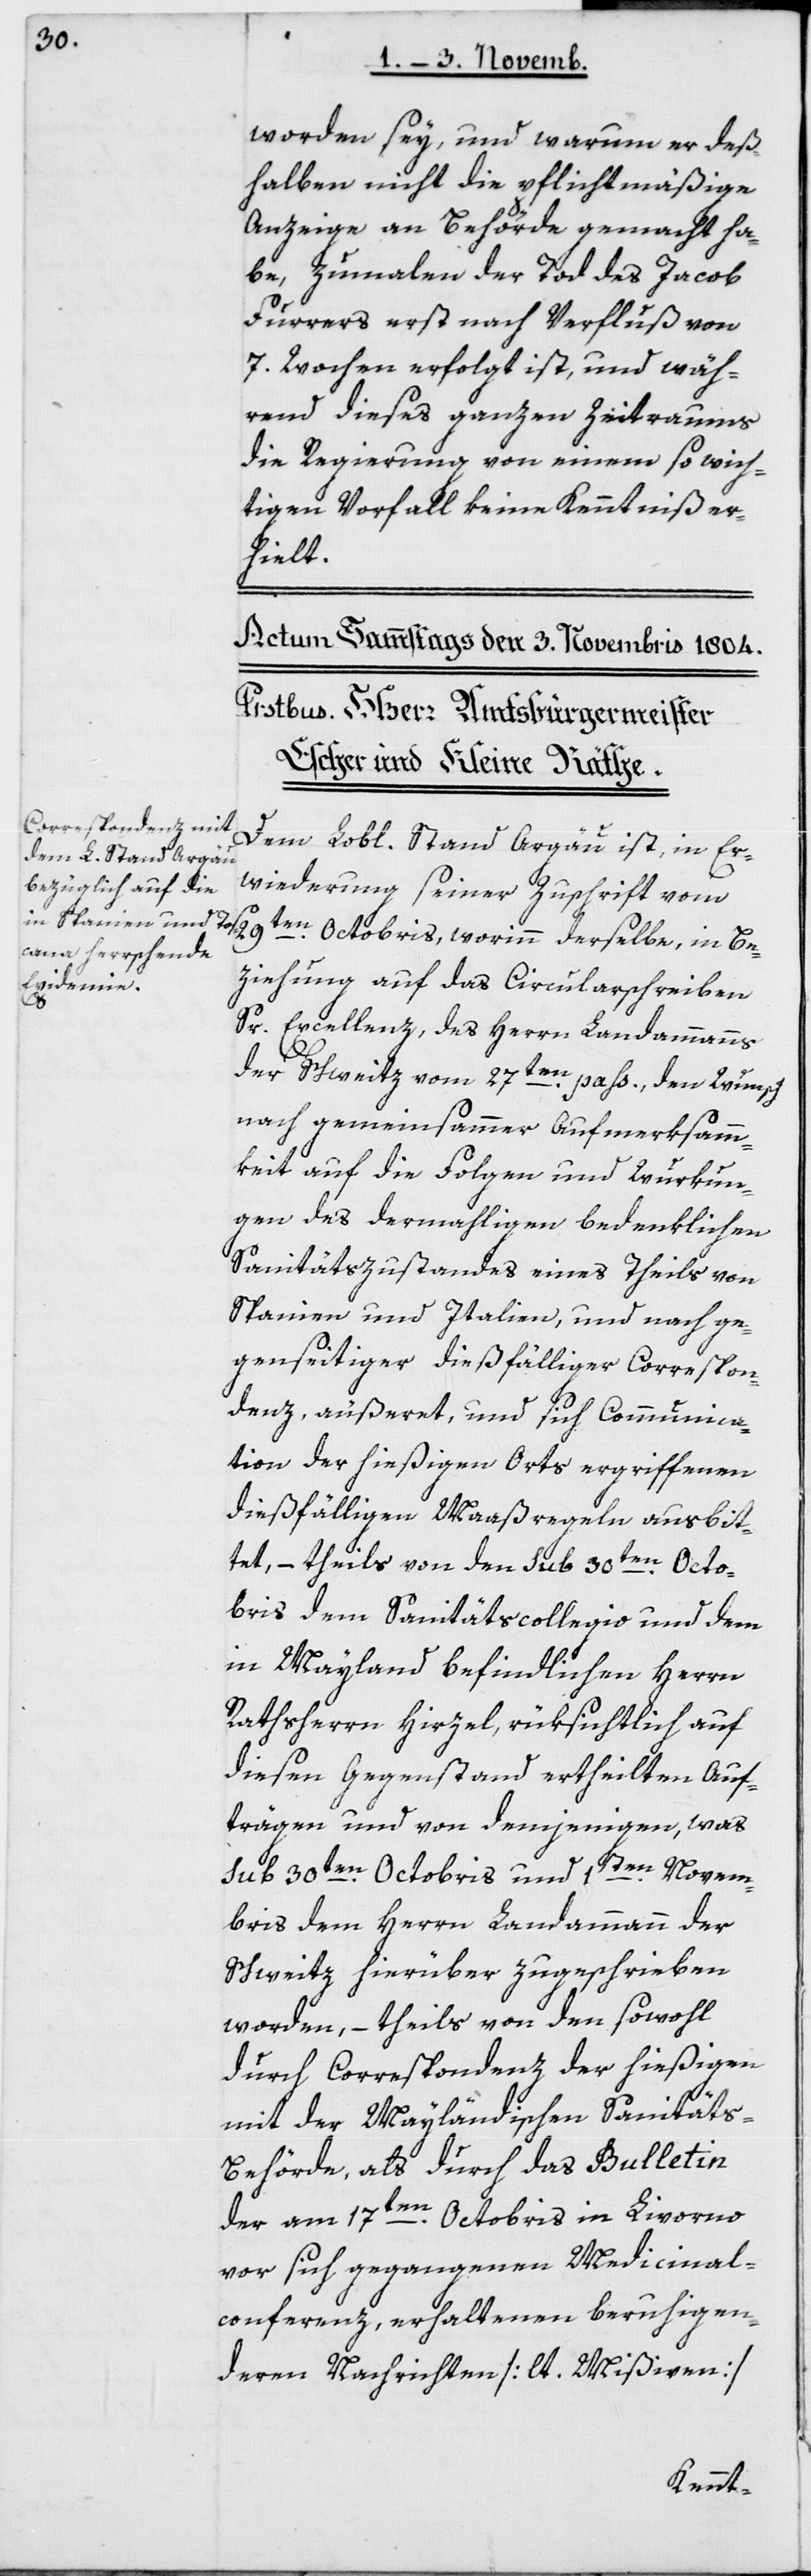
halben nicht die pflichtmäßige
Anzeige an Behörde gemacht ha¬
be, zumalen der Tod des Jacob
Furrers erst nach Verfluß von
7 Wochen erfolgt ist, und wäh¬
rend dieses ganzen Zeitraums
die Regierung von einem so wich¬
tigen Vorfall keine Kenntniß er¬
derselbe,
Dem Lobl. Stand Argau ist, in Er¬
wiederung seiner Zuschrift vom
ziehung auf das Circularschreiben
Sr. Excellenz, des Herrn Landammanns
Be¬
der Schweiz vom 27ten pti, den Wunsch
nach gemeinsammer Aufmerksamm¬
keit auf die Folgen und Würkun¬
gen des dermahligen bedenklichen
Sanitätszustandes eines Theils von
Spanien und Italien, und nach ge¬
genseitiger dießfälliger Correspon¬
denz, äußeret, und sich Communica¬
tion der hießigen Orts ergriffenen
dießfälligen Maaßregeln ausbit¬
tet, – theils von den sub 30ten Octo¬
bris dem Sanitätscollegio und dem
in Mayland befindlichen Herrn
Rathsherrn Hirzel, rüksichtlich auf
diesen Gegenstand ertheilten Auf¬
trägen und von demjenigen, was
sub 30ten Octobris und 1ten Novem¬
bris dem Herrn Landammann der
Schweitz hierüber zugeschrieben
worden, – theils von den sowohl
durch Correspondenz der hießigen
mit der Mayländischen Sanitäts-B¬
ehörde, als durch das Bulletin
der am 17ten Octobris in Livorno
vor sich gegangenen Medicinal-C¬
onferenz, erhaltenen beruhigen¬
deren Nachrichten [lt. Mißiven]